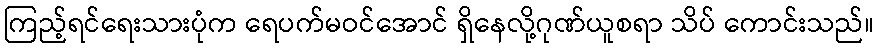
ကြည့်ရင်ရေးသားပုံက ရေပက်မဝင်အောင် ရှိနေလို့ဂုဏ်ယူစရာ သိပ် ကောင်းသည်။